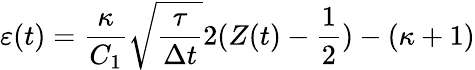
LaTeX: \varepsilon(t)=\frac{\kappa}{C_{1}}\sqrt{\frac{\tau}{\Delta t}}2(Z(t)-\frac{1}{2})-(\kappa+1)